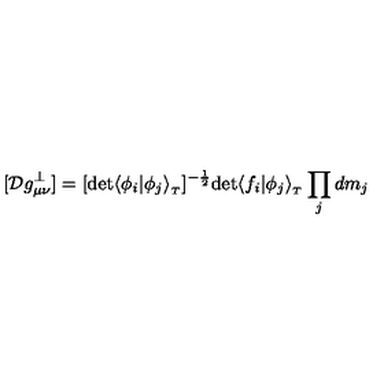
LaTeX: [ { \cal D } g _ { \mu \nu } ^ { \perp } ] = [ \mathrm { d e t } \langle \phi _ { i } \vert \phi _ { j } \rangle _ { _ T } ] ^ { - { \frac { 1 } { 2 } } } \mathrm { d e t } \langle f _ { i } \vert \phi _ { j } \rangle _ { _ T } \prod _ { j } d m _ { j }